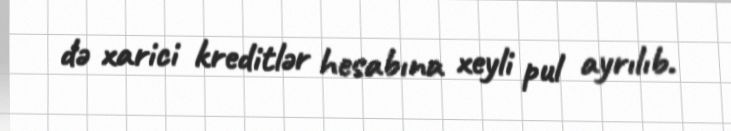
də xarici kreditlər hesabına xeyli pul ayrılıb.